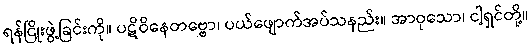
ရန်ငြိုးဖွဲ့ခြင်းကို။ ပဋိဝိနေတဗ္ဗော၊ ပယ်ဖျောက်အပ်သနည်း။ အာဝုသော၊ ငါ့ရှင်တို့။